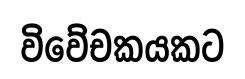
විවේචකයකට